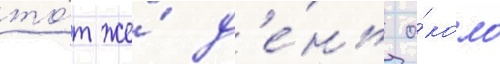
то́т же́ д'е́нь о́коло